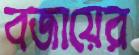
বজায়ের